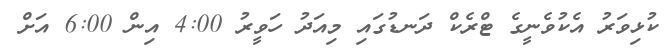
ކުޅިވަރު އެކުވެނީގެ ޓްރެކް ދަނޑުގައި މިއަދު ހަވީރު 4:00 އިން 6:00 އަށް